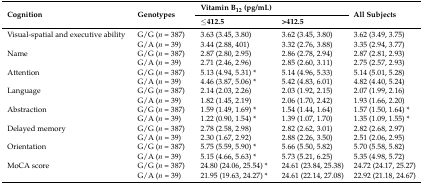
<table><thead><tr><td rowspan="2"><b>Cognition</b></td><td rowspan="2"><b>Genotypes</b></td><td colspan="2"><b>Vitamin B<sub>12</sub> (pg/mL)</b></td><td rowspan="2"><b>All Subjects</b></td></tr><tr><td><b>≤412.5</b></td><td><b>&gt;412.5</b></td></tr></thead><tbody><tr><td>Visual-spatial and executive ability</td><td>G/G (<i>n</i> = 387)</td><td>3.63 (3.45, 3.80)</td><td>3.62 (3.45, 3.80)</td><td>3.62 (3.49, 3.75)</td></tr><tr><td>[EMPTY_CELL]</td><td>G/A (<i>n</i> = 39)</td><td>3.44 (2.88, 401)</td><td>3.32 (2.76, 3.88)</td><td>3.35 (2.94, 3.77)</td></tr><tr><td>Name </td><td>G/G (<i>n</i> = 387)</td><td>2.87 (2.80, 2.95)</td><td>2.86 (2.78, 2.94)</td><td>2.87 (2.81, 2.93)</td></tr><tr><td>[EMPTY_CELL]</td><td>G/A (<i>n</i> = 39)</td><td>2.71 (2.46, 2.96)</td><td>2.85 (2.60, 3.11)</td><td>2.75 (2.57, 2.93)</td></tr><tr><td>Attention </td><td>G/G (<i>n</i> = 387)</td><td>5.13 (4.94, 5.31) *</td><td>5.14 (4.96, 5.33)</td><td>5.14 (5.01, 5.28)</td></tr><tr><td>[EMPTY_CELL]</td><td>G/A (<i>n</i> = 39)</td><td>4.46 (3.87, 5.06) *</td><td>5.42 (4.83, 6.01)</td><td>4.82 (4.40, 5.24)</td></tr><tr><td>Language </td><td>G/G (<i>n</i> = 387)</td><td>2.14 (2.03, 2.26)</td><td>2.03 (1.92, 2.15)</td><td>2.07 (1.99, 2.16)</td></tr><tr><td>[EMPTY_CELL]</td><td>G/A (<i>n</i> = 39)</td><td>1.82 (1.45, 2.19)</td><td>2.06 (1.70, 2.42)</td><td>1.93 (1.66, 2.20)</td></tr><tr><td>Abstraction </td><td>G/G (<i>n</i> = 387)</td><td>1.59 (1.49, 1.69) *</td><td>1.54 (1.44, 1.64)</td><td>1.57 (1.50, 1.64) *</td></tr><tr><td>[EMPTY_CELL]</td><td>G/A (<i>n</i> = 39)</td><td>1.22 (0.90, 1.54) *</td><td>1.39 (1.07, 1.70)</td><td>1.35 (1.09, 1.55) *</td></tr><tr><td>Delayed memory </td><td>G/G (<i>n</i> = 387)</td><td>2.78 (2.58, 2.98)</td><td>2.82 (2.62, 3.01)</td><td>2.82 (2.68, 2.97)</td></tr><tr><td>[EMPTY_CELL]</td><td>G/A (<i>n</i> = 39)</td><td>2.30 (1.67, 2.92)</td><td>2.88 (2.26, 3.50)</td><td>2.51 (2.06, 2.95)</td></tr><tr><td>Orientation </td><td>G/G (<i>n</i> = 387)</td><td>5.75 (5.59, 5.90) *</td><td>5.66 (5.50, 5.82)</td><td>5.70 (5.58, 5.82)</td></tr><tr><td>[EMPTY_CELL]</td><td>G/A (<i>n</i> = 39)</td><td>5.15 (4.66, 5.63) *</td><td>5.73 (5.21, 6.25)</td><td>5.35 (4.98, 5.72)</td></tr><tr><td>MoCA score </td><td>G/G (<i>n</i> = 387)</td><td>24.80 (24.06, 25.54) *</td><td>24.61 (23.84, 25.38)</td><td>24.72 (24.17, 25.27)</td></tr><tr><td>[EMPTY_CELL]</td><td>G/A (<i>n</i> = 39)</td><td>21.95 (19.63, 24.27) *</td><td>24.61 (22.14, 27.08)</td><td>22.92 (21.18, 24.67)</td></tr></tbody></table>